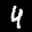
Label: 4